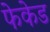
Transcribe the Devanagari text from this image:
फेकेड